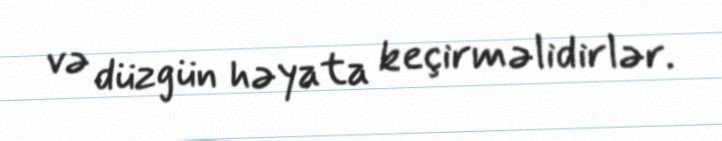
və düzgün həyata keçirməlidirlər.